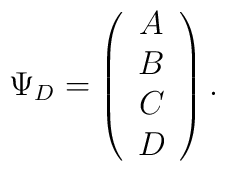
\Psi_D =\left( \begin{array}{c}A\\B\\C\\D\end{array} \right).